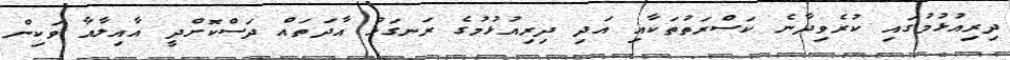
ދިރިއުޅުމުގައި ކުރެވިދާނެ ކަސްރަތުތަކާއި އަދި ދިރިއުޅުމުގެ ރަނގަޅު އާދަތައް ދަސްކޮށްދީ އާއިލާއާ ވަކިން